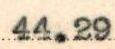
44.29